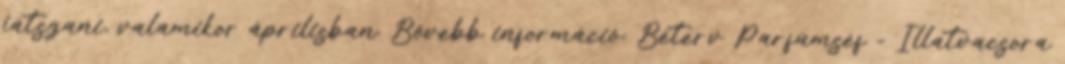
játszani, valamikor áprilisban. Bővebb információ: Béterv Parfümséf - Illatvacsora